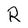
Character: R